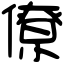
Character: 僚